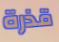
قذرة